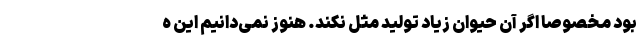
بود مخصوصا اگر آن حیوان زیاد تولید مثل نکند. هنوز نمی‌دانیم این ه